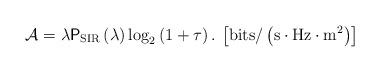
LaTeX: \begin{align*}\mathcal{A}=\lambda\mathsf{P}_{\mathrm{SIR}}\left(\lambda\right)\mathrm{log}_{2}\left(1+\tau\right).\:\left[\mathrm{bits}/\left(\mathrm{s\cdot Hz\cdot m^{2}}\right)\right]\end{align*}